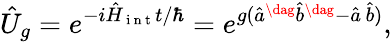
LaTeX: \hat{U}_{g}=e^{-i\hat{H}_{\mathrm{~i~n~t~}}t/\hbar}=e^{g(\hat{a}^{\dag}\hat{b}^{\dag}-\hat{a}\, \hat{b})},